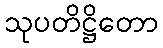
သုပတိဋ္ဌိတော